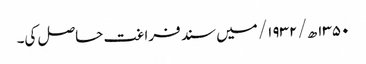
۱۳۵۰ھ/ ۱۹۳۲/ میں سند فراغت حاصل کی۔